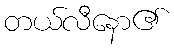
တယ်လီနော၏